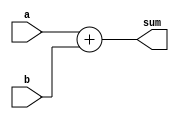
module FA_1210733#(parameter n=3)(a,b, sum);
input [n-1:0]a,b  ;
output signed [n:0] sum ;
reg [n:0] sum;
always@(a,b)
begin 
sum = a+b ;
end
endmodule